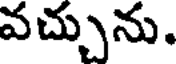
వచ్చును.